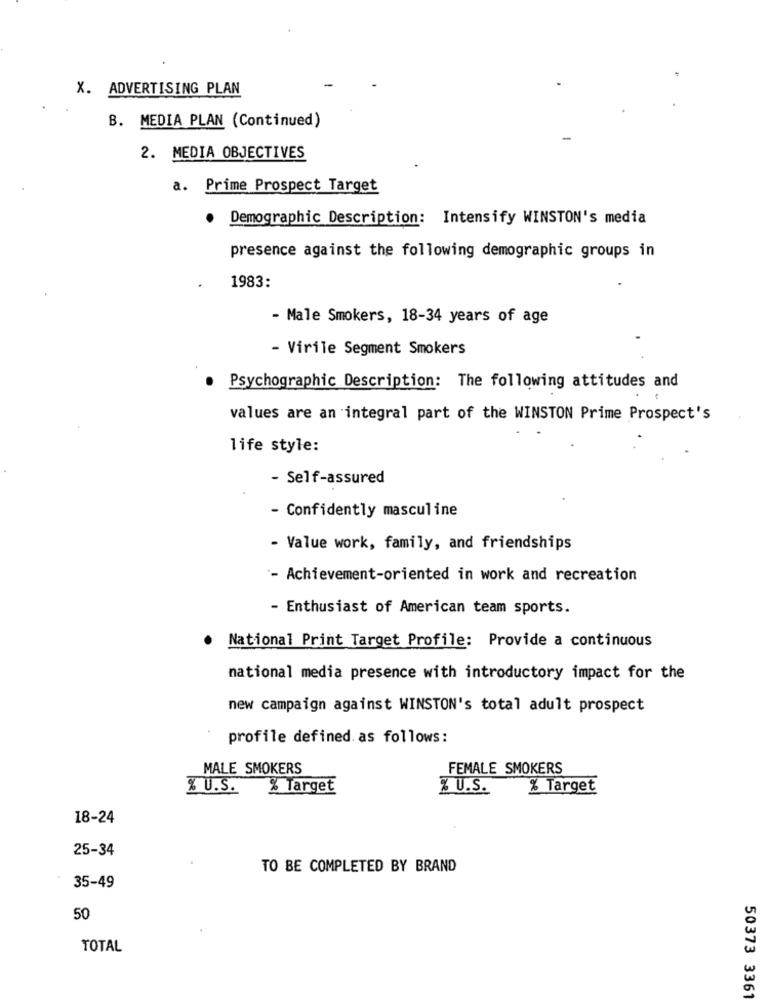
X. ADVERTISING PLAN
B. MEDIA PLAN (Continued)
2. MEDIA OBJECTIVES
a. Prime Prospect Target
Demographic Description: Intensify WINSTON's media
presence against the following demographic groups in
1983:
- Male Smokers, 18-34 years of age
- Virile Segment Smokers
Psychographic Description: The following attitudes and
values are an integral part of the WINSTON Prime Prospect's
life style:
- Self-assured
- Confidently masculine
- Value work, family, and friendships
- Achievement-oriented in work and recreation
- Enthusiast of American team sports.
National Print Target Profile: Provide a continuous
national media presence with introductory impact for the
new campaign against WINSTON's total adult prospect
profile defined. as follows:
MALE SMOKERS
FEMALE SMOKERS
. U.S.
% Target
Z U.S.
% Target
18-24
25-34
TO BE COMPLETED BY BRAND
35-49
50
TOTAL
50373 3361